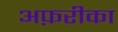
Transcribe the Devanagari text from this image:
अफ़रीका